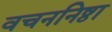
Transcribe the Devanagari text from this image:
वचननिष्ठा